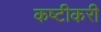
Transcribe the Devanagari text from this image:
कष्टीकरी